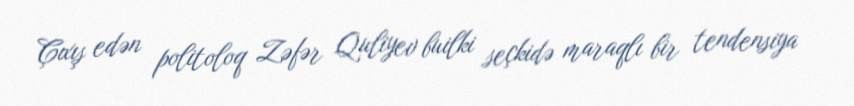
Çıxış edən politoloq Zəfər Quliyev builki seçkidə maraqlı bir tendensiya